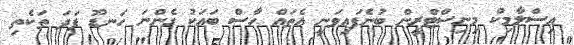
އިސްލާމިކް މިނިސްޓްރީން ބުނެފައިވަނީ އެތައް ހާސް ބައަކު ގެންނަ ހަނޑޫ ފަދަ ތަކެތި